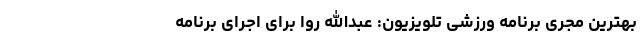
بهترین مجری برنامه ورزشی تلویزیون: عبدالله روا برای اجرای برنامه